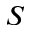
S